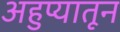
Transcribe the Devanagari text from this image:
अहुप्यातून